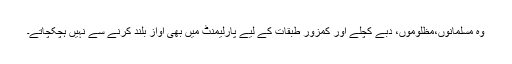
وہ مسلمانوں،مظلوموں، دبے کچلے اور کمزور طبقات کے لیے پارلیمنٹ میں بھی آواز بلند کرنے سے نہیں ہچکچاتے۔